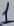
Text: 1